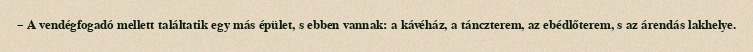
– A vendégfogadó mellett találtatik egy más épület, s ebben vannak: a kávéház, a tánczterem, az ebédlőterem, s az árendás lakhelye.